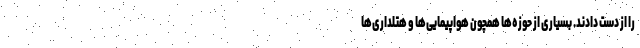
را از دست دادند. بسیاری از حوزه‌ها همچون هواپیمایی‌ها و هتلداری‌ها